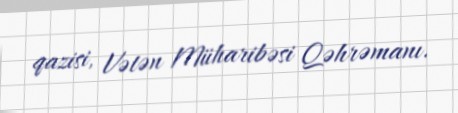
qazisi, Vətən Müharibəsi Qəhrəmanı.